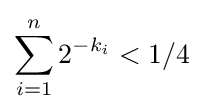
\sum _{i=1}^{n}2^{-k_{i}}<1/4